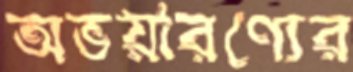
অভয়ারণ্যের